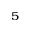
_ { 5 }